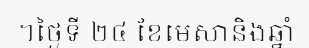
។ថ្ងៃទី ២៤ ខែមេសានិងឆ្នាំ